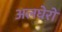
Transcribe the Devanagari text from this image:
अलघेरो